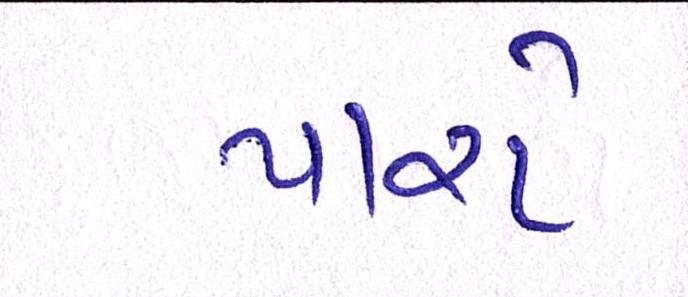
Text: પારો